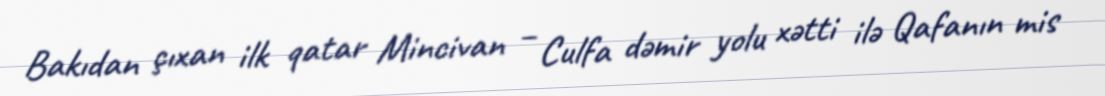
Bakıdan çıxan ilk qatar Mincivan – Culfa dəmir yolu xətti ilə Qafanın mis